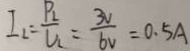
I _ { 1 } = \frac { P _ { 2 } } { V _ { 2 } } = \frac { 3 V } { 6 V } = 0 . 5 A